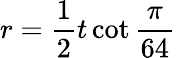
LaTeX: r={\frac{1}{2}}t\cot{\frac{\pi}{64}}